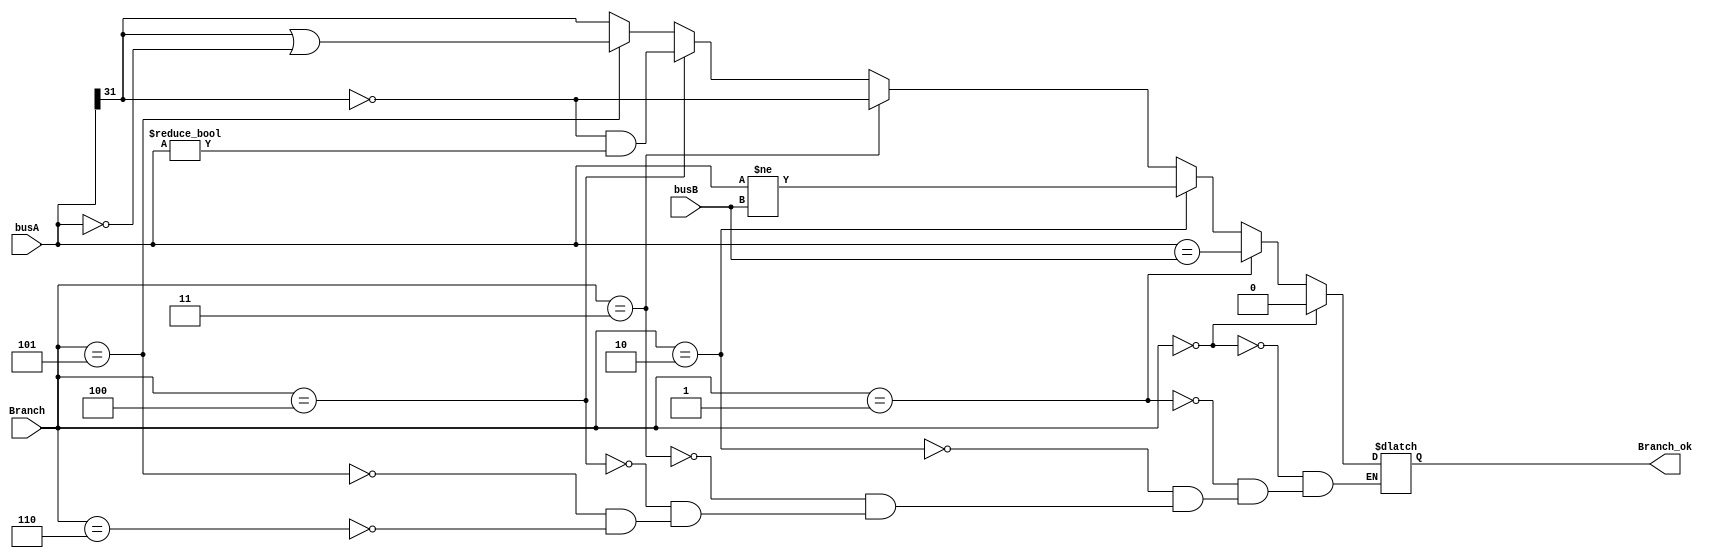
`timescale 1ns / 1ps

//loongsonbranch
module branchOrNot(busA,busB,Branch,Branch_ok);
	input[31:0] busA;
	input[31:0] busB;
	input[2:0]  Branch;
	output reg  Branch_ok;

	initial begin
		Branch_ok = 0;
	end
	//**********<
	always @(*) begin
		//*****NO*******//
		if (Branch == 3'b000) begin
			Branch_ok <= 0;
		end else 
		//*****BEQ******//
		if (Branch == 3'b001) begin
			Branch_ok <= (busA == busB);
		end else 
		//*****BNE******//
		if (Branch == 3'b010) begin
			Branch_ok <= (busA != busB);
		end else 
		//*****BGEZ******//
		//busA//
		if (Branch == 3'b011) begin
			Branch_ok <= (busA[31] == 1'b0);
		end else
		//*****BGTZ******//
		//busA//
		if (Branch == 3'b100) begin
			Branch_ok <= (busA[31] == 1'b0 && busA != 32'b0);
		end else 
		//*****BLEZ******//
		//busA//
		if (Branch == 3'b101) begin
			Branch_ok <= (busA[31] == 1'b1 || busA == 32'b0);
		end else 
		//*****BLTZ******//
		//busA//
		if (Branch == 3'b110) begin
			Branch_ok <= (busA[31] == 1'b1);
		end 
	end
endmodule